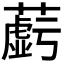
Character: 𬞲